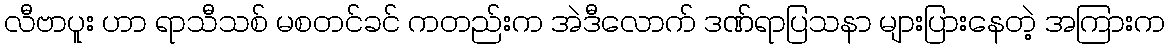
လီဗာပူး ဟာ ရာသီသစ် မစတင်ခင် ကတည်းက အဲဒီလောက် ဒဏ်ရာပြသနာ များပြားနေတဲ့ အကြားက